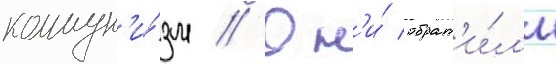
коммун'и́зм // Он'и́ обрат'и́л'и